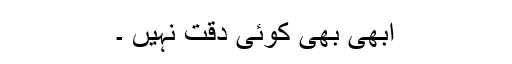
ابھی بھی کوئی دقت نہیں‌ ۔